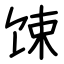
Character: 𫗧